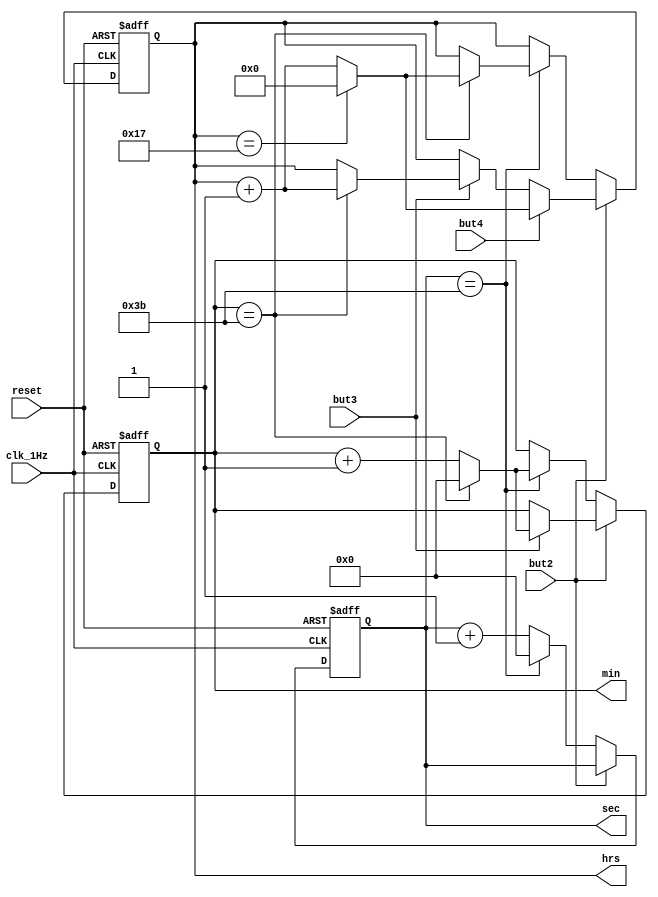
module digclk(clk_1Hz, reset, sec, min, hrs, but2, but3, but4);
input clk_1Hz, reset, but2, but3, but4;
output reg [5:0] sec, min;
output reg [4:0] hrs;
always@(posedge clk_1Hz or posedge reset)
begin	if(reset ==1)
	begin
	sec<=0;
	min<=0;
	hrs<=0;
	end
	else if(but2 == 1) begin
		if(but3 == 1) begin
			min<=min+1;
			if(min == 59) begin
				min<=0; hrs <=hrs+1; end 
			end
		if(but4 == 1) begin
			hrs<=hrs+1;
			if(hrs == 23) 
				hrs<=0;
				end
			end
	else	begin
		sec<=sec+1;
	if(sec==59)	begin
		sec<=0;
		min<=min+1;
	if(min==59)	begin
		min<=0;
		hrs<=hrs+1;
	if(hrs==23)	begin
		hrs<=0;
			end
		end
	end
	end
end
endmodule